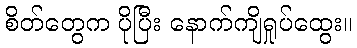
စိတ်တွေက ပိုပြီး နောက်ကျိရှုပ်ထွေး။